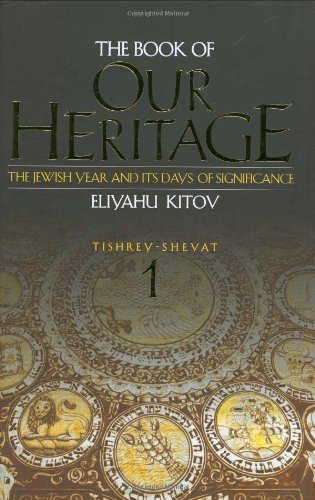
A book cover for The Book of Our Heritage; Eliyahu Kitov; Religion & Spirituality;